Lunatic asylums Bombay report 1891-1903 - 1891-1903
Year: 1891
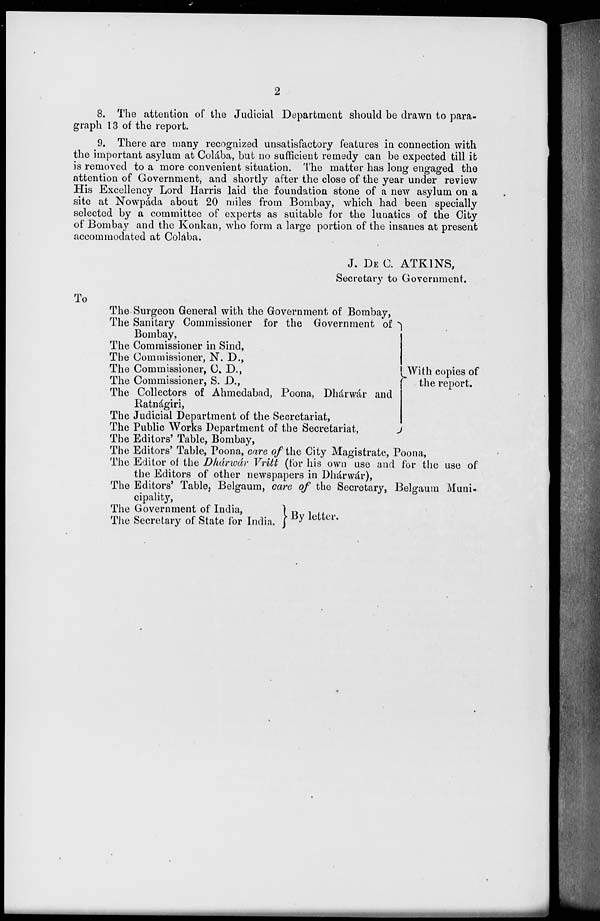
2
8. The attention of the Judicial Department should be drawn to para-
graph 13 of the report.
9. There are many recognized unsatisfactory features in connection with
the important asylum at Colába, but no sufficient remedy can be expected till it
is removed to a more convenient situation. The matter has long engaged the
attention of Government, and shortly after the close of the year under review
His Excellency Lord Harris laid the foundation stone of a new asylum on a
site at Nowpáda about 20 miles from Bombay, which had been specially
selected by a committee of experts as suitable for the lunatics of the City
of Bombay and the Konkan, who form a large portion of the insanes at present
accommodated at Colába.
J. DE C. ATKINS,
Secretary to Government.
To
The Surgeon General with the Government of Bombay,
The Sanitary Commissioner for the Government of
Bombay,
The Commissioner in Sind,
The Commissioner, N. D.,
The Commissioner, C. D.,
The Commissioner, S. D.,
The Collectors of Ahmedabad, Poona, Dhárwár and
Ratnágiri,
The Judicial Department of the Secretariat,
The Public Works Department of the Secretariat,
With copies of
the report.
The Editors' Table, Bombay,
The Editors' Table, Poona, care of the City Magistrate, Poona,
The Editor of the Dhárwár Vritt (for his own use and for the use of
the Editors of other newspapers in Dhárwár),
The Editors' Table, Belgaum, care of the Secretary, Belgaum Muni-
cipality,
The Government of India,
The Secretary of State for India. By letter.